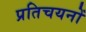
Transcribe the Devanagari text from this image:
प्रतिचयनों